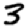
Digit: 3